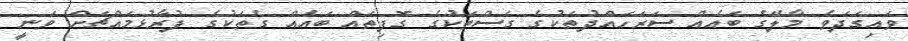
ވައިގަދަވެ މާލޭގެ ބައެއް ސަރަހައްދުތަކުގެ ގަސްތަކުގެ ގޮފިތައް ބައެއް ގެތަކުގެ ފުރާޅުމައްޗަށް ވަނީ